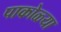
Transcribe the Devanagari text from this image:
पाकोळ्या